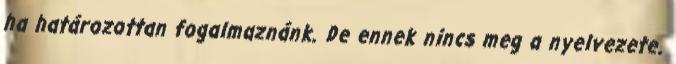
ha határozottan fogalmaznánk. De ennek nincs meg a nyelvezete.